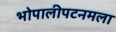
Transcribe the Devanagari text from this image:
भोपालीपटनमला